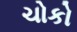
ચોકો